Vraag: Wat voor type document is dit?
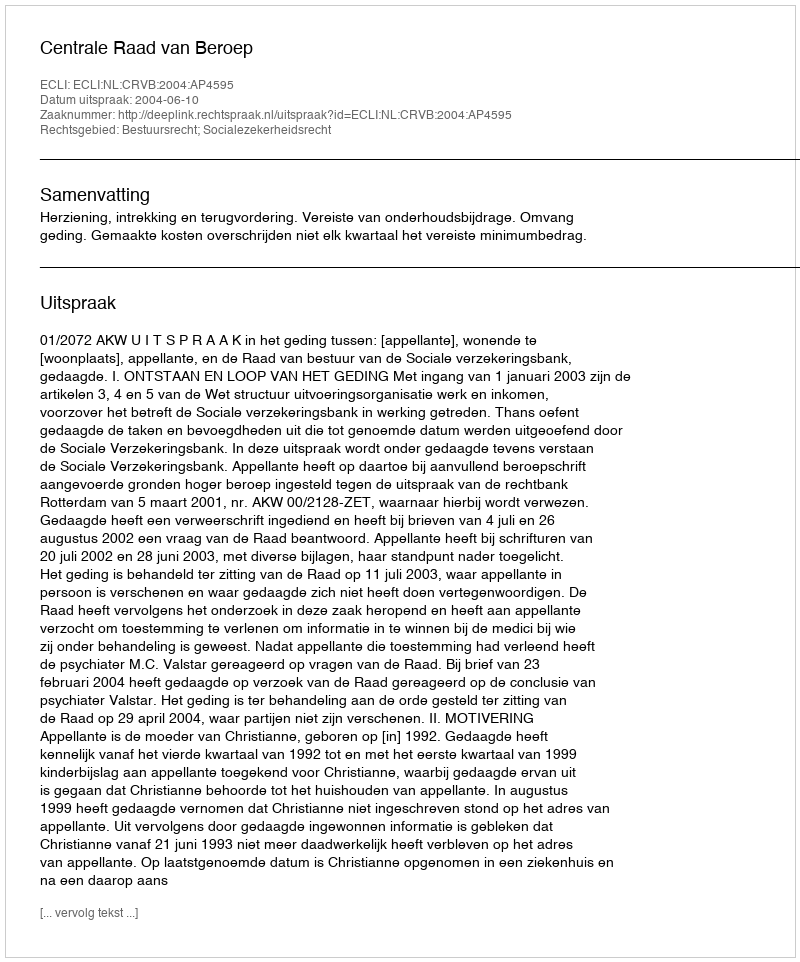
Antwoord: Uitspraak